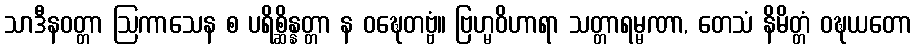
သာဒီနဝတ္တာ ဩကာသေန စ ပရိစ္ဆိန္နတ္တာ န ဝဍ္ဎေတဗ္ဗံ။ ဗြဟ္မဝိဟာရာ သတ္တာရမ္မဏာ, တေသံ နိမိတ္တံ ဝဍ္ဎယတော